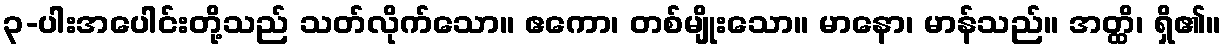
၃-ပါးအပေါင်းတို့သည် သတ်လိုက်သော။ ဧကော၊ တစ်မျိုးသော။ မာနော၊ မာန်သည်။ အတ္ထိ၊ ရှိ၏။